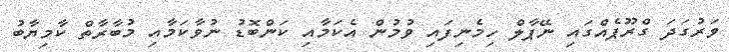
ވަރުގަދަ ގްރޫޕެއްގައި ނޭޕާލް ހިމެނިފައި ވުމުން އެކަމާއި ކަންބޮޑު ނުވާކަމާއި މުބާރާތް ކާމިޔާބު